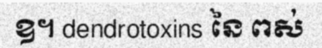
ឧ។ dendrotoxins នៃ ពស់